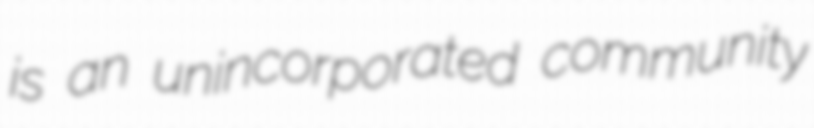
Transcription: is an unincorporated community